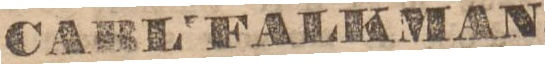
CARL FALKMAN,